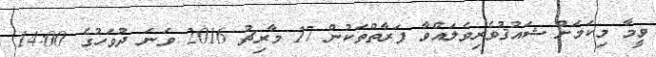
ވީމާ މިކަމަށް ޝައުޤުވެރިވެލައްވާ ފަރާތްތަކުން 17 މާރިޗު 2016 ވަނަ ދުވަހުގެ 14:00